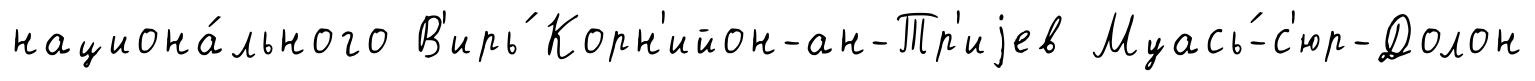
национа́льного В'ирь́ Корн'ийон-ан-Тр'иjев Муась́-с'юр-Долон